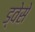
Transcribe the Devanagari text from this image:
ड्वेसे